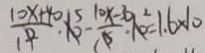
\frac { 1 0 x + 4 0 } { 1 } . 5 - \frac { 1 0 x - 3 } { 1 } - 2 = 1 . 6 \times 1 0